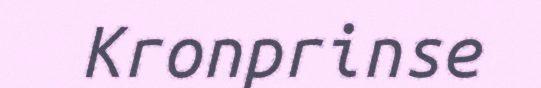
Kronprinse